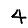
Digit: 4